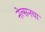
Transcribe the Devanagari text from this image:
नेल्सनचा